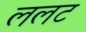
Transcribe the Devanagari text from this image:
ललट